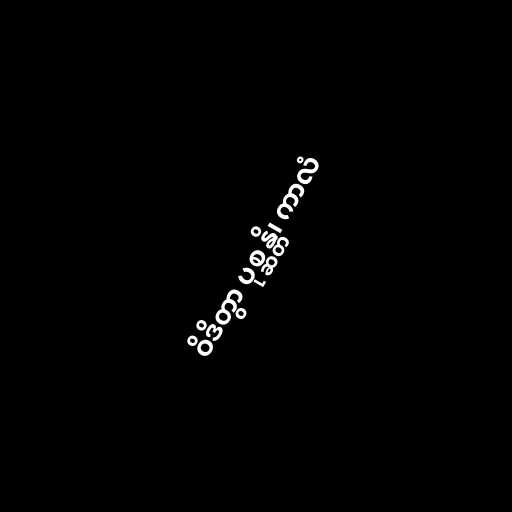
ဝိဒိတွာ ပုစ္ဆန္တိ၊ ကာလံ